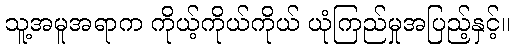
သူ့အမူအရာက ကိုယ့်ကိုယ်ကိုယ် ယုံကြည်မှုအပြည့်နှင့်။